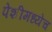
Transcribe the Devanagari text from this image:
पेशीमध्येच